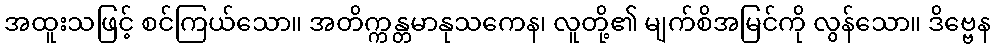
အထူးသဖြင့် စင်ကြယ်သော။ အတိက္ကန္တမာနုသကေန၊ လူတို့၏ မျက်စိအမြင်ကို လွန်သော။ ဒိဗ္ဗေန